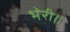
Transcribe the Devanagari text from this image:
भेरी॥